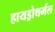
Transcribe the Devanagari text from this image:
हायड्रोथर्मल